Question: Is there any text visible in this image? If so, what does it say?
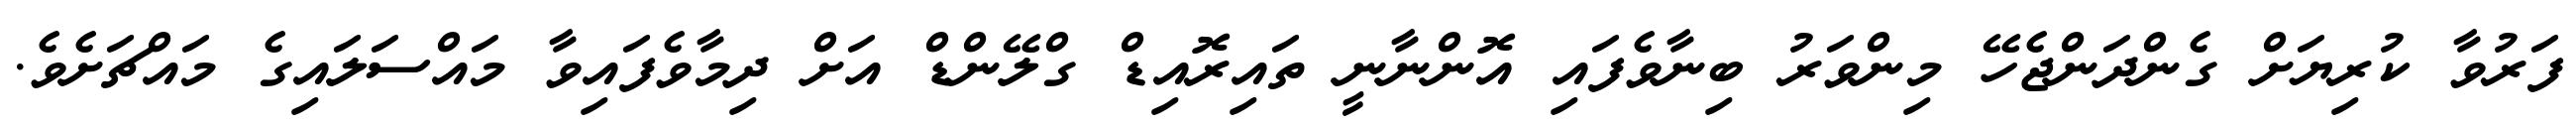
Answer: ފަރުވާ ކުރިޔަށް ގެންދަންޖެހޭ މިންވަރު ބިނާވެފައި އޮންނާނީ ތައިރޮއިޑް ގްލޭންޑް އަށް ދިމާވެފައިވާ މައްސަލައިގެ މައްޗަށެވެ.